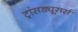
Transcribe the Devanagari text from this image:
ट्रांसड्यूसर्स